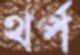
থর্প